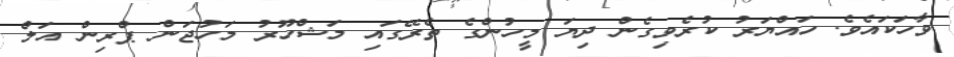
ވާހަކައެވެ. ހައްޔަރު ކުރެވިގެން ދިޔަ މީހުުންގެ ތެރޭގައި މަޝްހޫރު މަހުޖަން ޕްރިން އަލް